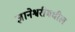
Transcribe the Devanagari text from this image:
ज्ञानेश्वरीमधील